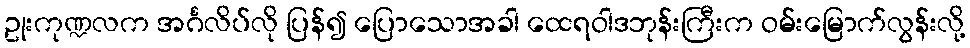
ဥုးကုဏ္ဍလက အင်္ဂလိပ်လို ပြန်၍ ပြောသောအခါ ထေရဝါဒဘုန်းကြီးက ဝမ်းမြောက်လွန်းလို့